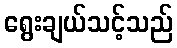
ရွေးချယ်သင့်သည်